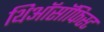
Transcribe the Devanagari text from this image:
थिऑसॉफिस्ट